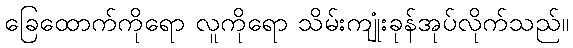
ခြေထောက်ကိုရော လူကိုရော သိမ်းကျုံးခုန်အုပ်လိုက်သည်။